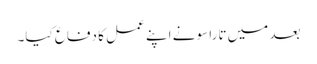
بعد میں تاراسو نے اپنے عمل کا دفاع کیا۔